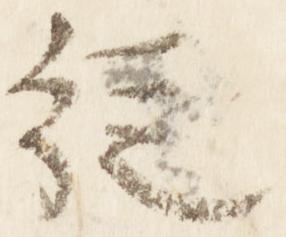
従